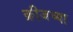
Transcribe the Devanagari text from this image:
क्रीजच्या